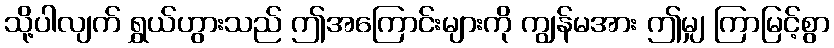
သို့ပါလျက် ရွှယ်ဟွားသည် ဤအကြောင်းများကို ကျွန်မအား ဤမျှ ကြာမြင့်စွာ